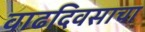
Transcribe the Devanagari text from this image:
वाढदिवसाचा